Indian journal of veterinary science and animal husbandry - Volume 5,
Year: 1935
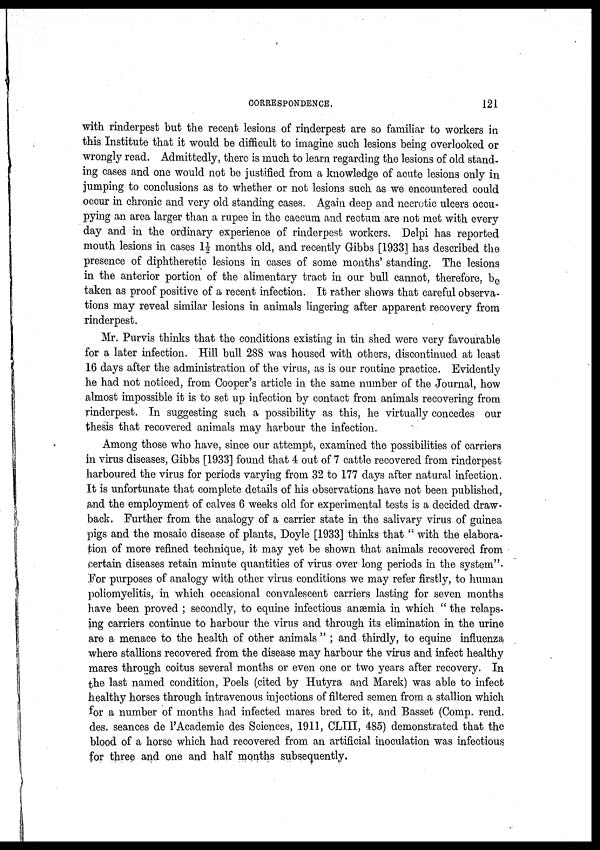
CORRESPONDENCE.
121
with rinderpest but the recent lesions of rinderpest are so familiar to workers in
this Institute that it would be difficult to imagine such lesions being overlooked or
wrongly read. Admittedly, there is much to learn regarding the lesions of old stand-
ing cases and one would not be justified from a knowledge of acute lesions only in
jumping to conclusions as to whether or not lesions such as we encountered could
occur in chronic and very old standing cases. Again deep and necrotic ulcers occu-
pying an area larger than a rupee in the caecum and rectum are not met with every
day and in the ordinary experience of rinderpest workers. Delpi has reported
mouth lesions in cases 1½ months old, and recently Gibbs [1933] has described the
presence of diphtheretic lesions in cases of some months' standing. The lesions
in the anterior portion of the alimentary tract in our bull cannot, therefore, b e
taken as proof positive of a recent infection. It rather shows that careful observa-
tions may reveal similar lesions in animals lingering after apparent recovery from
rinderpest.
Mr. Purvis thinks that the conditions existing in tin shed were very favourable
for a later infection. Hill bull 288 was housed with others, discontinued at least
16 days after the administration of the virus, as is our routine practice. Evidently
he had not noticed, from Cooper's article in the same number of the Journal, how
almost impossible it is to set up infection by contact from animals recovering from
rinderpest. In suggesting such a possibility as this, he virtually concedes our
thesis that recovered animals may harbour the infection.
Among those who have, since our attempt, examined the possibilities of carriers
in virus diseases, Gibbs [1933] found that 4 out of 7 cattle recovered from rinderpest
harboured the virus for periods varying from 32 to 177 days after natural infection.
It is unfortunate that complete details of his observations have not been published,
and the employment of calves 6 weeks old for experimental tests is a decided draw-
back. Further from the analogy of a carrier state in the salivary virus of guinea
pigs and the mosaic disease of plants, Doyle [1933] thinks that " with the elabora-
tion of more refined technique, it may yet be shown that animals recovered from
certain diseases retain minute quantities of virus over long periods in the system ".
For purposes of analogy with other virus conditions we may refer firstly, to human
poliomyelitis, in which occasional convalescent carriers lasting for seven months
have been proved ; secondly, to equine infectious anæmia in which " the relaps-
ing carriers continue to harbour the virus and through its elimination in the urine
are a menace to the health of other animals " ; and thirdly, to equine influenza
where stallions recovered from the disease may harbour the virus and infect healthy
mares through coitus several months or even one or two years after recovery. In
the last named condition, Poels (cited by Hutyra and Marek) was able to infect
healthy horses through intravenous injections of filtered semen from a stallion which
for a number of months had infected mares bred to it, and Basset (Comp. rend.
des. seances de l'Academie des Sciences, 1911, CLIII, 485) demonstrated that the
blood of a horse which had recovered from an artificial inoculation was infectious
for three and one and half months subsequently.